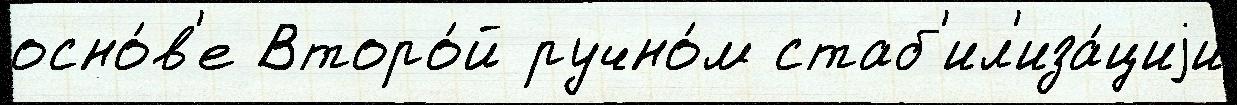
осно́в'е Второ́й ручно́м стаб'ил'иза́циjи